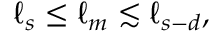
\ell _ { s } \le \ell _ { m } \lesssim \ell _ { s - d } ,